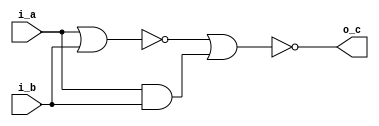
/* Generated by Yosys 0.35+29 (git sha1 2a18fe5fa, clang++  -fPIC -Os) */

(* top =  1  *)
(* src = "./test.v:1.1-8.10" *)
module test(i_a, i_b, o_c);
  (* src = "./mycells-not-working.v:13.7-13.8" *)
  wire _00_;
  (* src = "./mycells-not-working.v:13.10-13.11" *)
  wire _01_;
  (* src = "./mycells-not-working.v:14.8-14.9" *)
  wire _02_;
  (* src = "./mycells-not-working.v:8.7-8.8" *)
  wire _03_;
  (* src = "./mycells-not-working.v:8.10-8.11" *)
  wire _04_;
  (* src = "./mycells-not-working.v:9.8-9.9" *)
  wire _05_;
  (* src = "./mycells-not-working.v:3.7-3.8" *)
  wire _06_;
  (* src = "./mycells-not-working.v:4.8-4.9" *)
  wire _07_;
  (* src = "./mycells-not-working.v:13.7-13.8" *)
  wire _08_;
  (* src = "./mycells-not-working.v:13.10-13.11" *)
  wire _09_;
  (* src = "./mycells-not-working.v:14.8-14.9" *)
  wire _10_;
  (* src = "./test.v:2.15-2.18" *)
  wire _11_;
  (* src = "./test.v:3.15-3.18" *)
  wire _12_;
  wire _13_;
  wire _14_;
  wire _15_;
  (* src = "./test.v:4.16-4.19" *)
  wire _16_;
  (* src = "./mycells-not-working.v:14.12-14.20" *)
  wire _17_;
  (* src = "./mycells-not-working.v:14.14-14.19" *)
  wire _18_;
  (* src = "./mycells-not-working.v:9.14-9.19" *)
  wire _19_;
  (* src = "./mycells-not-working.v:9.12-9.20" *)
  wire _20_;
  (* src = "./mycells-not-working.v:4.12-4.14" *)
  wire _21_;
  (* src = "./mycells-not-working.v:14.12-14.20" *)
  wire _22_;
  (* src = "./mycells-not-working.v:14.14-14.19" *)
  wire _23_;
  (* src = "./test.v:2.15-2.18" *)
  input i_a;
  wire i_a;
  (* src = "./test.v:3.15-3.18" *)
  input i_b;
  wire i_b;
  (* src = "./test.v:4.16-4.19" *)
  output o_c;
  wire o_c;
  assign _17_ = ~ (* src = "./mycells-not-working.v:14.12-14.20" *) _18_;
  assign _18_ = _00_ | (* src = "./mycells-not-working.v:14.14-14.19" *) _01_;
  assign _19_ = _03_ & (* src = "./mycells-not-working.v:9.14-9.19" *) _04_;
  assign _20_ = ~ (* src = "./mycells-not-working.v:9.12-9.20" *) _19_;
  assign _21_ = ~ (* src = "./mycells-not-working.v:4.12-4.14" *) _06_;
  assign _22_ = ~ (* src = "./mycells-not-working.v:14.12-14.20" *) _23_;
  assign _23_ = _08_ | (* src = "./mycells-not-working.v:14.14-14.19" *) _09_;
  assign _11_ = i_a;
  assign _12_ = i_b;
  assign o_c = _16_;
  assign _10_ = _22_;
  assign _08_ = _13_;
  assign _09_ = _15_;
  assign _16_ = _10_;
  assign _07_ = _21_;
  assign _06_ = _14_;
  assign _15_ = _07_;
  assign _05_ = _20_;
  assign _03_ = _11_;
  assign _04_ = _12_;
  assign _14_ = _05_;
  assign _02_ = _17_;
  assign _00_ = _11_;
  assign _01_ = _12_;
  assign _13_ = _02_;
endmodule